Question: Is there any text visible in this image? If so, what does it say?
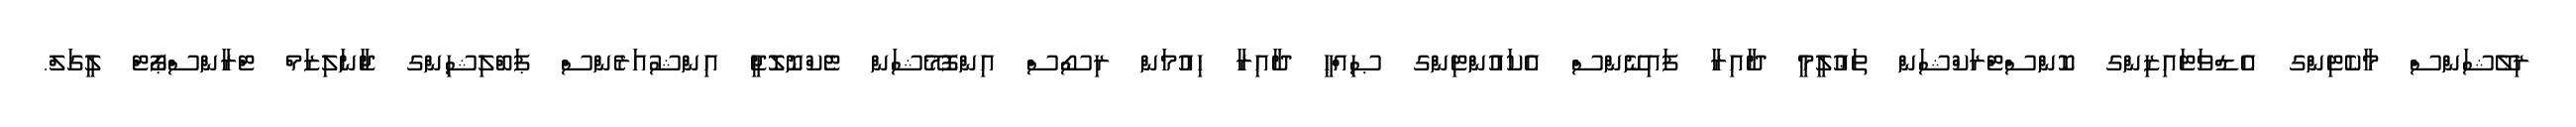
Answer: ރިލޭޝަންސް މާކެޓިންގ އެޑްވަޓައިޒިންގ ކޮންސްޓްރަކްޝަން ތަޢުލީމީ ދާއިރާ ފައިނޭންސް އެކައުންޓިންގ ޞިއްޙީ ދާއިރާ ހިއުމަން ރިސޯސް އިންފޮމޭޝަން ޓެކްނޮލޮޖީ އިންޝުއަރެންސް ޕަބްލިޝިންގ ޖާނަލިޒަމް ޓްރާންސްޕޯޓް ލީގަލް.